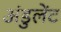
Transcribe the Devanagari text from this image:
अंडुलेंट